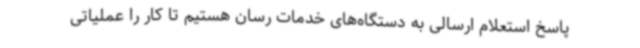
پاسخ استعلام ارسالی به دستگاه‌های خدمات رسان هستیم تا کار را عملیاتی